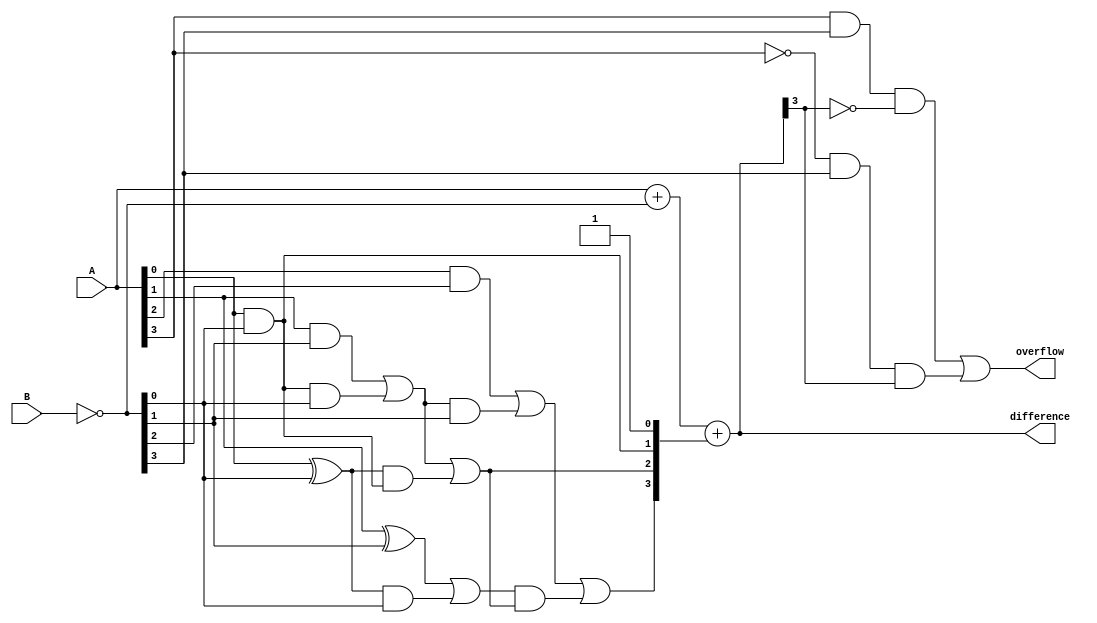
module carry_lookahead_subtractor (
    input [3:0] A,
    input [3:0] B,
    output [3:0] difference,
    output overflow
);

wire [3:0] A_inv;
wire [3:0] B_inv;
wire [3:0] carry_in;
wire [3:0] carry_propagate;
wire [3:0] carry_generate;

assign A_inv = ~A;
assign B_inv = ~B;

assign carry_generate[0] = A[0] & B_inv[0];
assign carry_generate[1] = (A[1] & B_inv[1]) | (carry_generate[0] & B_inv[0]);
assign carry_generate[2] = (A[2] & B_inv[2]) | (carry_generate[1] & B_inv[1]);
assign carry_generate[3] = (A[3] & B_inv[3]) | (carry_generate[2] & B_inv[2]);

assign carry_propagate[0] = A[0] ^ B_inv[0];
assign carry_propagate[1] = (A[1] ^ B_inv[1]) | (carry_propagate[0] & B_inv[0]);
assign carry_propagate[2] = (A[2] ^ B_inv[2]) | (carry_propagate[1] & B_inv[1]);
assign carry_propagate[3] = (A[3] ^ B_inv[3]) | (carry_propagate[2] & B_inv[2]);

assign carry_in[0] = 1'b1;
assign carry_in[1] = carry_generate[0];
assign carry_in[2] = carry_generate[1] | (carry_propagate[0] & carry_in[1]);
assign carry_in[3] = carry_generate[2] | (carry_propagate[1] & carry_in[2]);

assign difference = A + B_inv + carry_in;

assign overflow = (A[3] & B_inv[3] & ~difference[3]) | (~A[3] & B_inv[3] & difference[3]);

endmodule